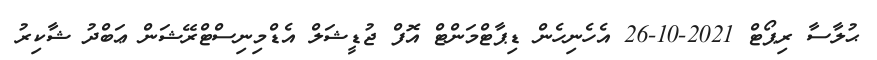
ޙުލާސާ ރިޕޯޓް 2021-10-26 އެހެނިހެން ޑިޕާޓްމަންޓް އޮފް ޖުޑީޝަލް އެޑްމިނިސްޓްރޭޝަން ޢަބްދު ޝާކިރު